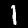
Digit: 1